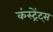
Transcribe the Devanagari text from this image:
कंस्ट्रेंट्स